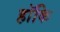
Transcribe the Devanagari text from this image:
हॉकि